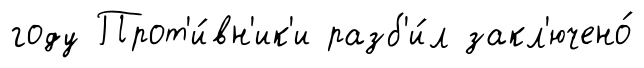
году Прот'и́вн'ик'и разб'и́л закл'ючено́